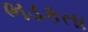
ભડકતા